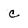
Character: c